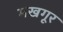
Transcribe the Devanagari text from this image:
मखगूर